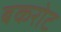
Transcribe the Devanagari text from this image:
बकरोट